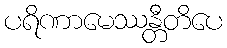
ပရိဏာမေဿန္တီတိပေ